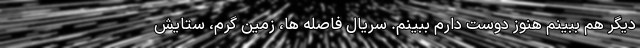
دیگر هم ببینم هنوز دوست دارم ببینم. سریال فاصله ها، زمین گرم، ستایش